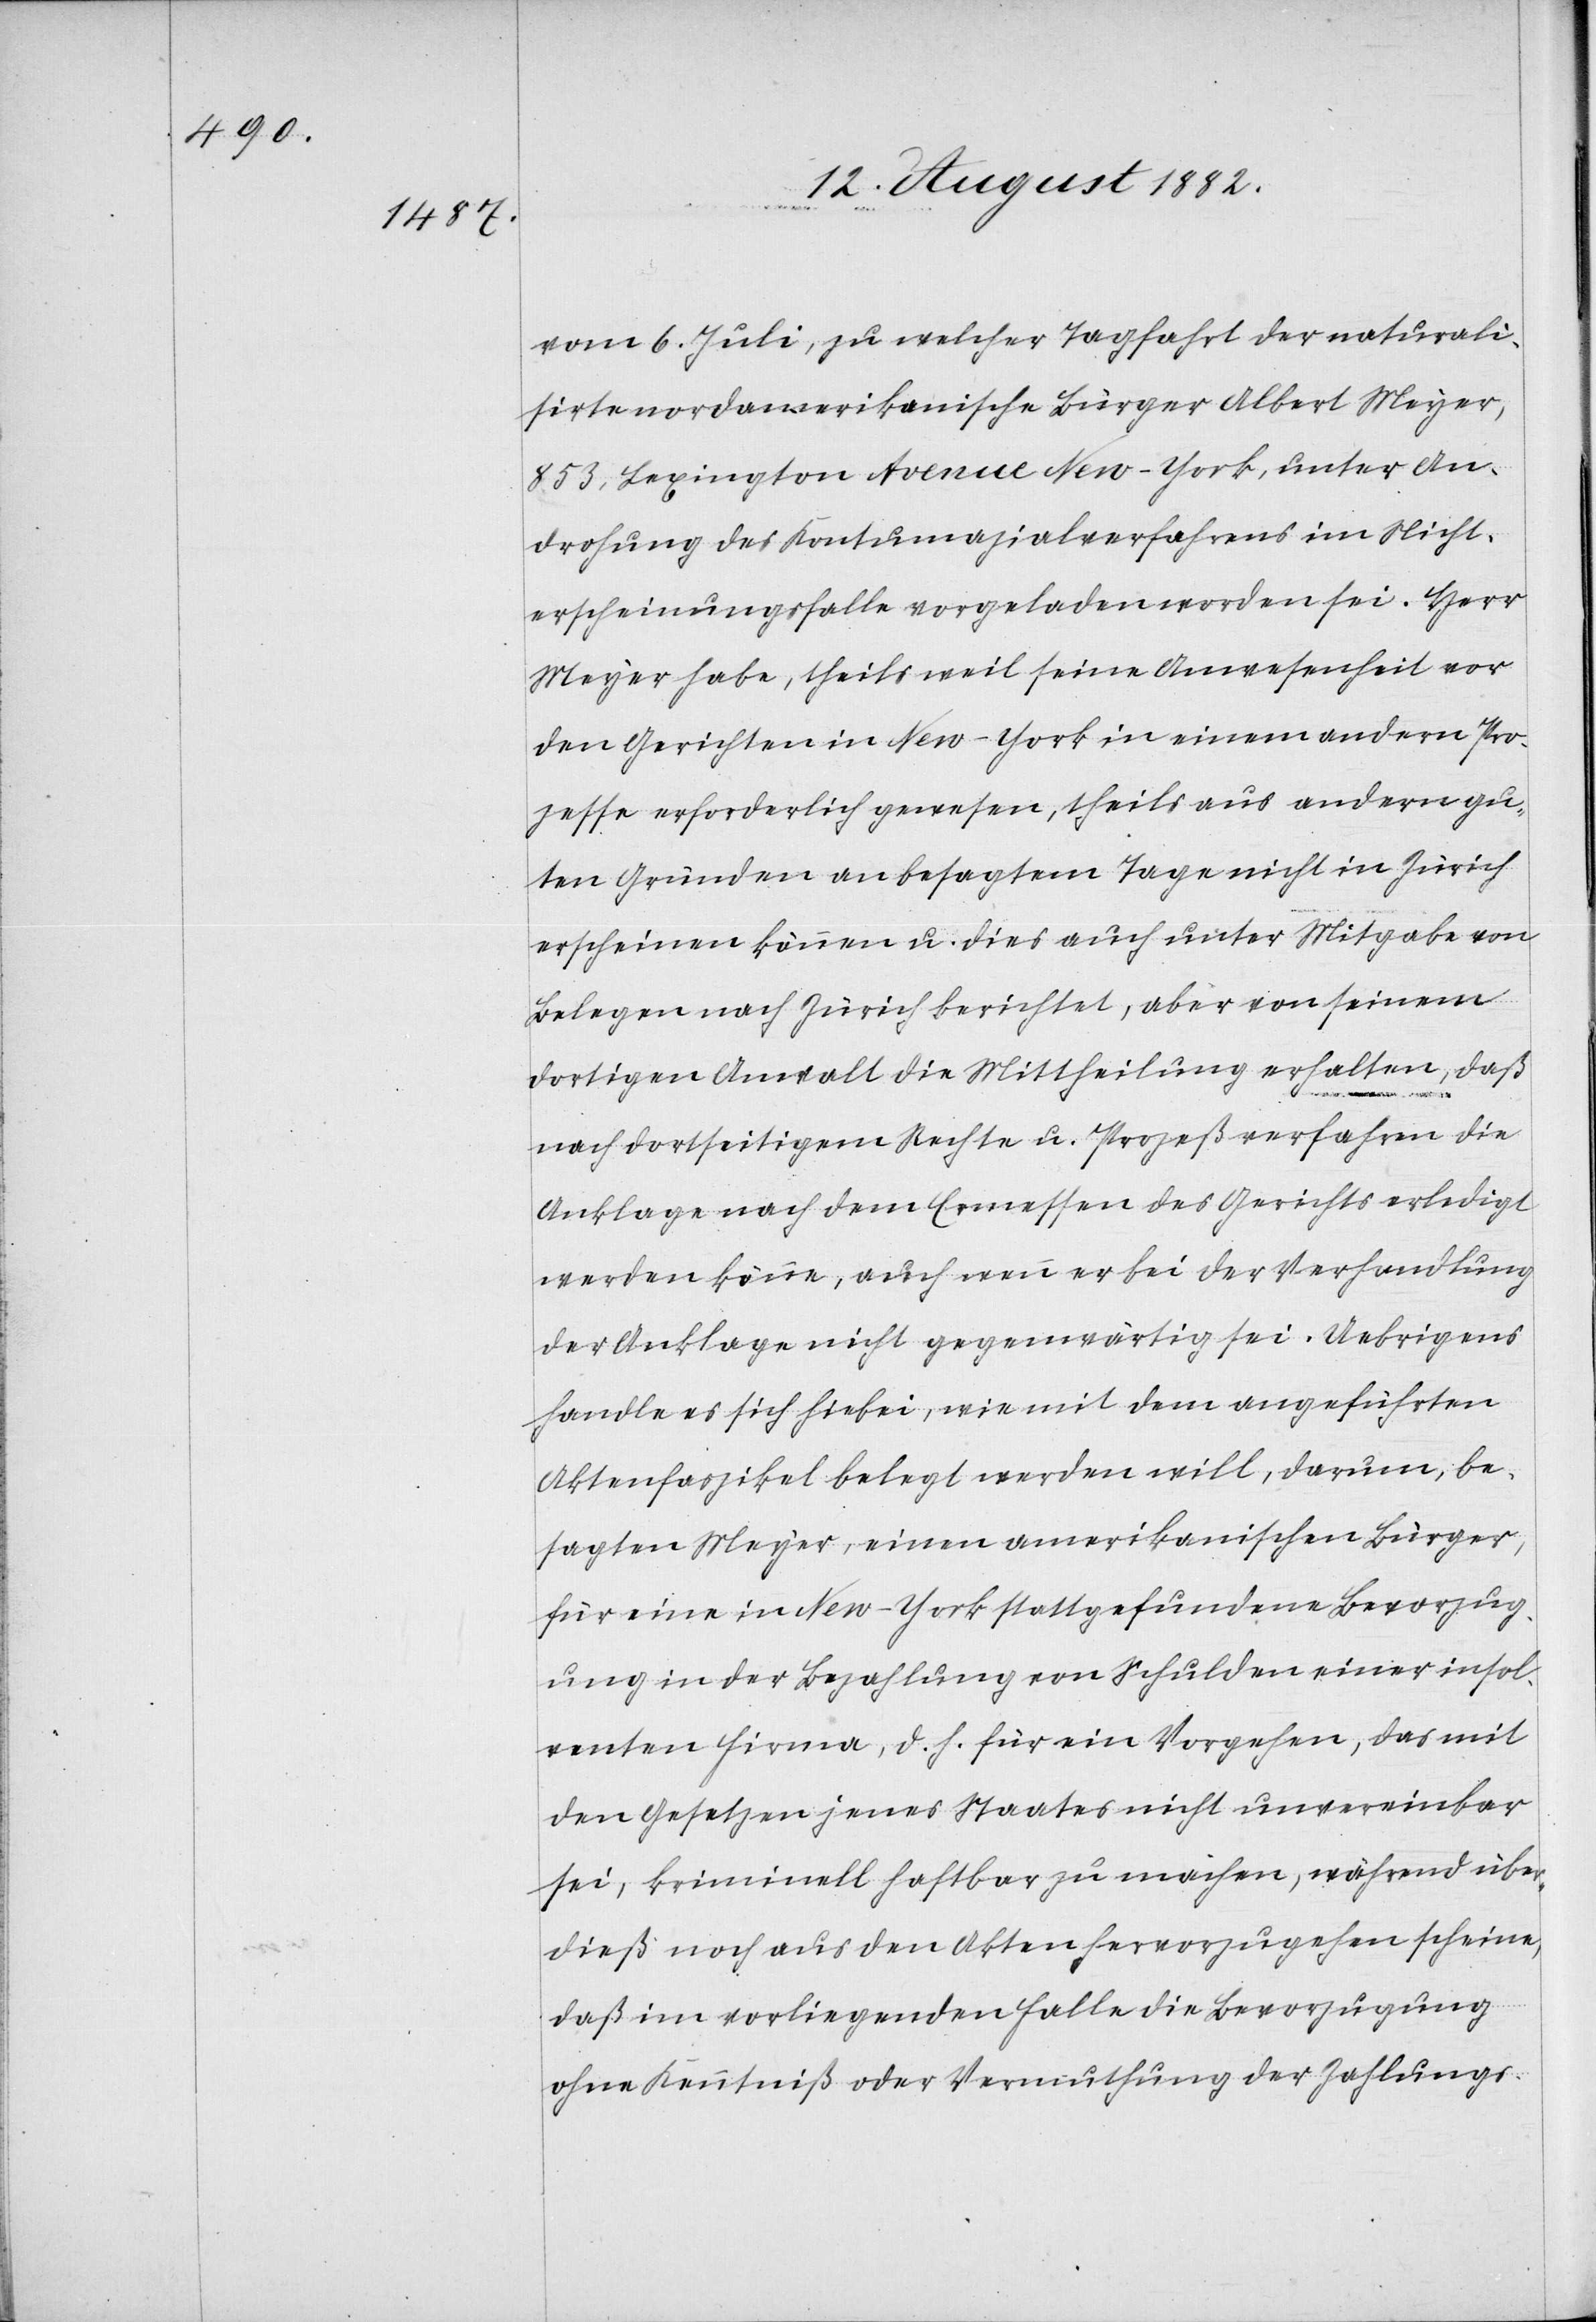
vom 6. Juli, zu welcher Tagfahrt der naturali¬
sirte nordamerikanische Bürger Albert Meyer,
853. Lexingten Avenue New-York, unter An¬
drohung des Kontumazialverfahrens im Nicht¬
erscheinungsfalle vorgeladen worden sei. Herr
Meyer habe, theils weil seine Anwesenheit vor
den Gerichten in New-York in einem andern Pro¬
zesse erforderlich gewesen, theils aus andern gu¬
ten Gründen an besagtem Tage nicht in Zürich
erscheinen können u. dies auch unter Mitgabe von
Belegen nach Zürich berichtet, aber von seinem
dortigen Anwalt die Mittheilung erhalten, daß
nach dortseitigem Rechte u. Prozeßverfahren die
Anklage nach dem Ermessen des Gerichts erledigt
werden könne, auch wenn er bei der Verhandlung
der Anklage nicht gegenwärtig sei. Uebrigens
handle es sich hiebei, wie mit dem angeführten
Aktenfaszikel belegt werden will, darum, be¬
sagten Meyer, einen amerikanischen Bürger,
für eine in New-York stattgefundene Bevorzug¬
ung in der Bezahlung von Schulden einer insol¬
venten Firma, d. h. für ein Vergehen, das mit
den Gesetzen jenes Staates nicht unvereinbar
sei, kriminell haftbar zu machen, während über¬
dieß noch aus den Akten hervorzugehen scheine,
daß im vorliegenden Falle die Bevorzugung
ohne Kenntniß oder Vermuthung der Zahlungs-